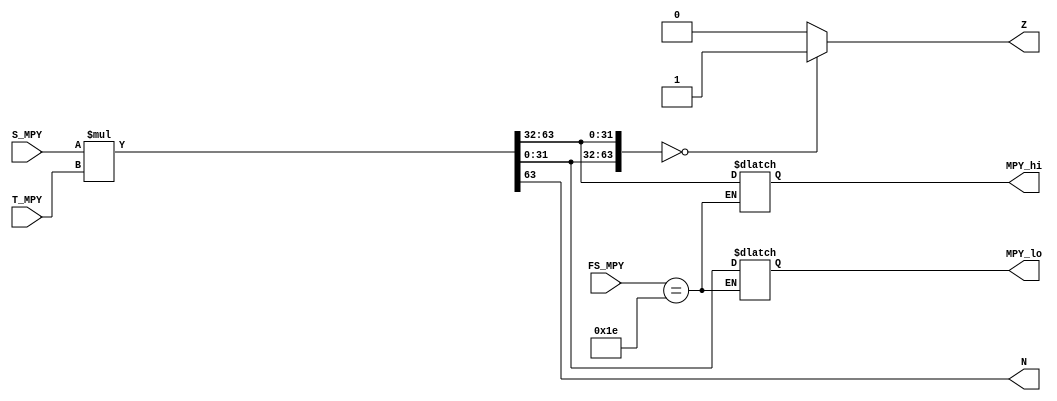
`timescale 1ns / 1ps
/****************************** C E C S  4 4 0 ******************************
 * 
 * Project:    Lab_Assignment_1
 * Designer:   Joseph Almeida
 * Rev. No.:   Version 1.0
 * Rev. Date:  September 2, 2018 
 *
 * Purpose: The multiplication algorithm yields a 64-bit product. 
 *          
 * Notes: Only uses the negative and zero flag.
 *
 ****************************************************************************/
module MPY_32(
    input [31:0] S_MPY, T_MPY,
    input [4:0] FS_MPY,
    output reg [31:0] MPY_hi, MPY_lo,
    output reg N, Z
    );
	 
	// Variables used to cast 32 bit signed integers
	integer int_S, int_T;
	
	always @(*) begin
		int_S = S_MPY;
		int_T = T_MPY;
		
		if (FS_MPY == 5'h1E) {MPY_hi,MPY_lo} = int_S * int_T;			 //MULT
			
		N = MPY_hi[31];
		Z = ({MPY_lo, MPY_hi} == 64'b0) ? 1'b1 : 1'b0;
	end

endmodule